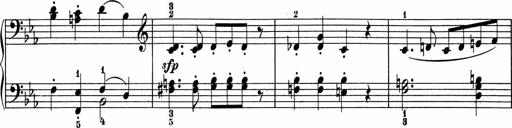
Title: 5 Sonatinen fÃ¼r die Jugend
Composer: Carl Reinecke